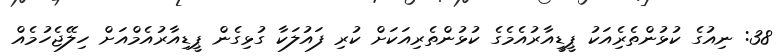
38: ނިއުގެ ކުޅުންތެރެިއަކު ޕީޑީއާރުއެމެގެ ކުޅުންތެރިއަކަށް ކުރި ފައުލަކާ ގުޅިގެން ޕީޑިއާރުއެމްއަށް ހިލޭޖެހުމެއް